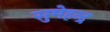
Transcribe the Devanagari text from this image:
सुमेहन्द्र